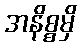
အနိစ္စမှိ